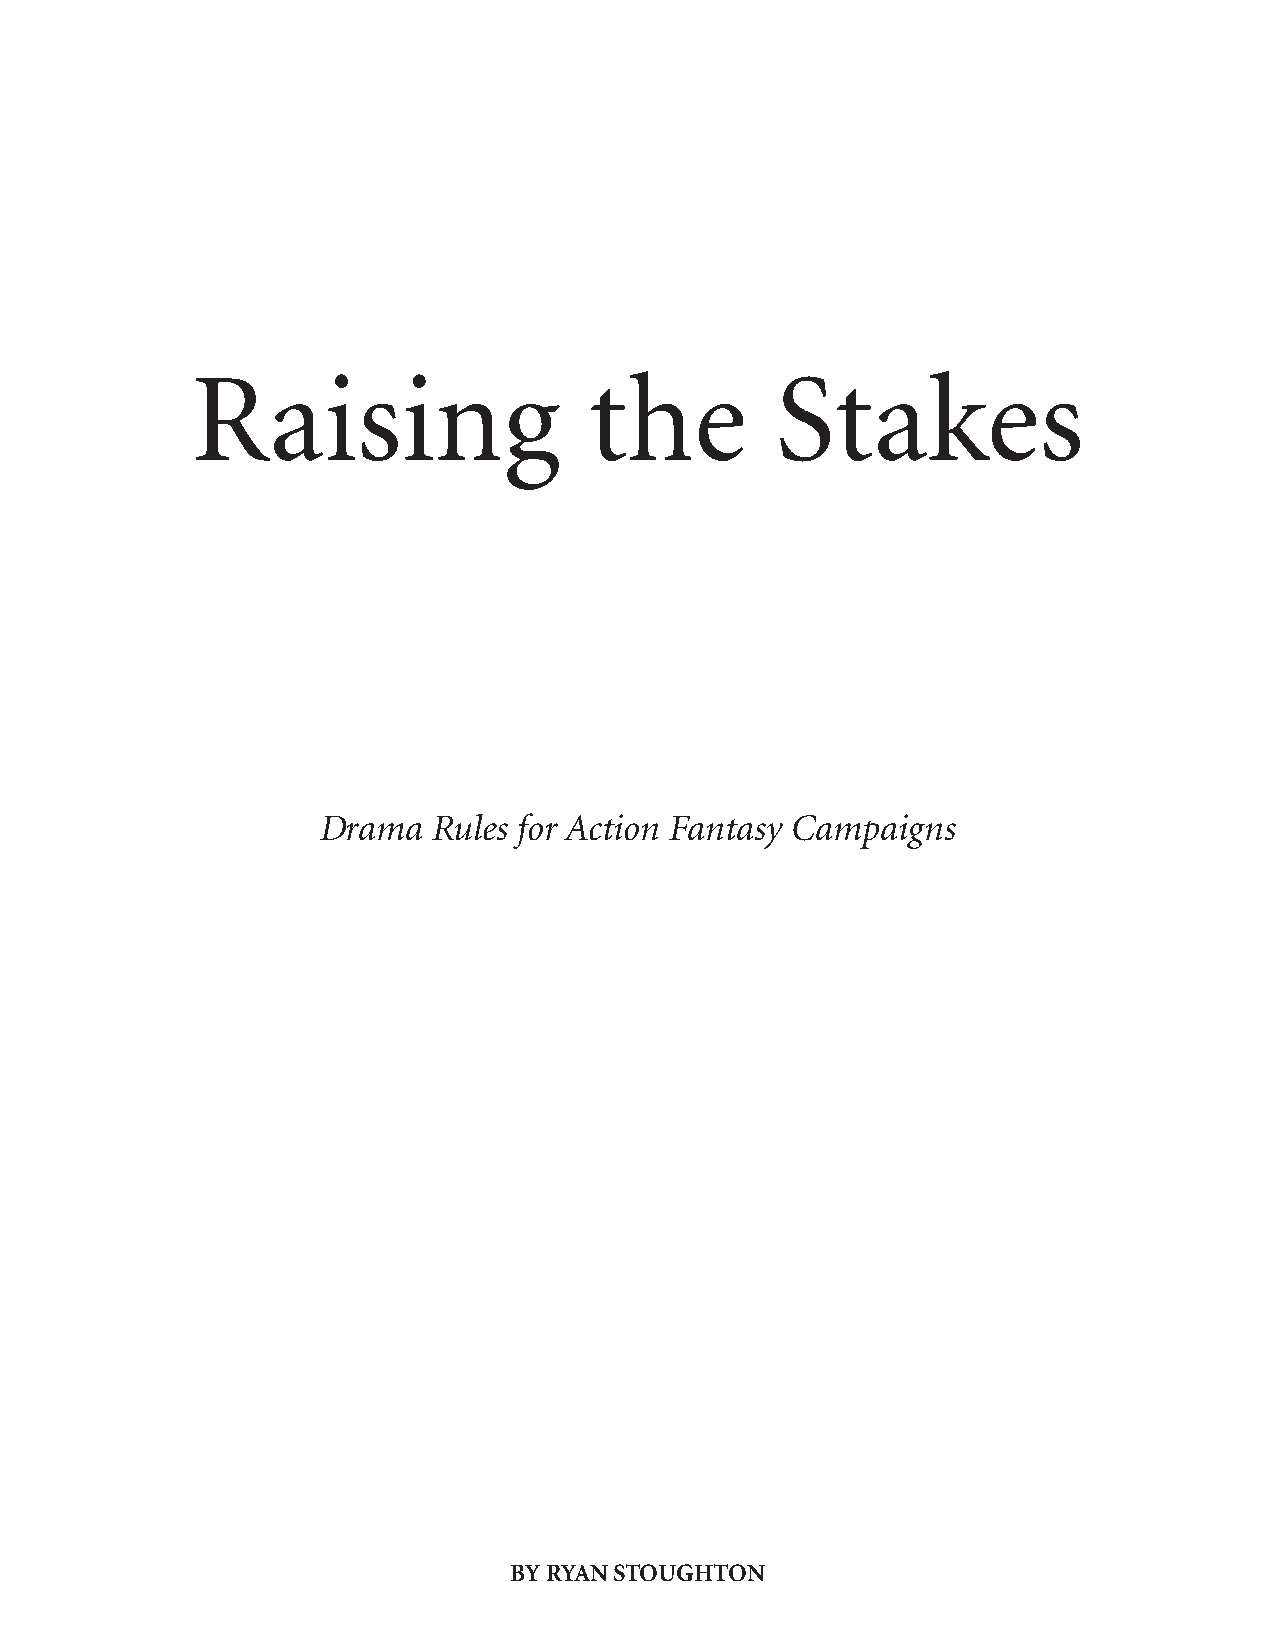
Raising                   the         Stakes
 Drama   Rules for Action Fantasy Campaigns
 BY RYAN STOUGHTON